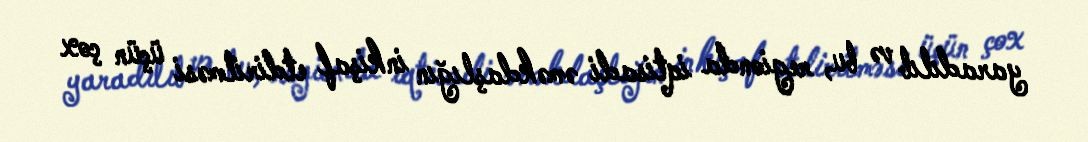
yaradılıb və bu, regionda iqtisadi əməkdaşlığın inkişaf etdirilməsi üçün çox